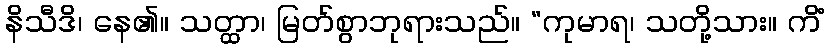
နိသီဒိ၊ နေ၏။ သတ္ထာ၊ မြတ်စွာဘုရားသည်။ “ကုမာရ၊ သတို့သား။ ကိံ